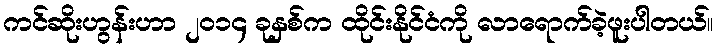
ကင်ဆိုးဟွန်းဟာ ၂၀၁၄ ခုနှစ်က ထိုင်းနိုင်ငံကို လာရောက်ခဲ့ဖူးပါတယ်။